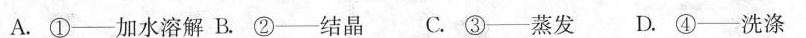
A.①——加水溶解 B.②——结晶 C.③——蒸发 D.④——洗涤